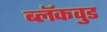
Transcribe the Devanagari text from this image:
ब्लॅकवुड